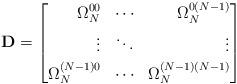
LaTeX: \begin{align*}\mathbf{D} =\left[ \begin{aligned} \Omega_N^{00} & & \cdots && \Omega_N^{0(N-1)} \\ \vdots && \ddots && \vdots \\ \Omega_N^{(N-1)0} & & \cdots && \Omega_N^{(N-1)(N-1)}\end{aligned} \right]\end{align*}